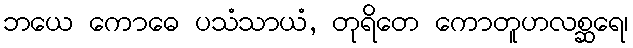
ဘယေ ကောဓေ ပသံသာယံ, တုရိတေ ကောတူဟလစ္ဆရေ၊